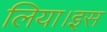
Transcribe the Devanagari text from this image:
लिया।इस